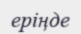
еріңде